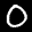
Label: 0